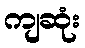
ကျဆုံး